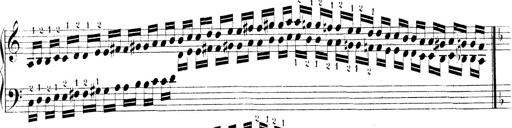
Title: Technische Studien
Composer: Franz Liszt